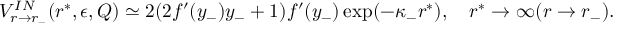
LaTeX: V _ { r \to r _ { - } } ^ { I N } ( r ^ { * } , \epsilon , Q ) \simeq 2 ( 2 f ^ { \prime } ( y _ { - } ) y _ { - } + 1 ) f ^ { \prime } ( y _ { - } ) \exp ( - \kappa _ { - } r ^ { * } ) , ~ ~ ~ r ^ { * } \to \infty ( r \to r _ { - } ) .